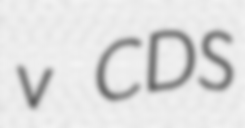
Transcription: v CDS